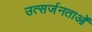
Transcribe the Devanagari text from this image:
उत्सर्जनताओं